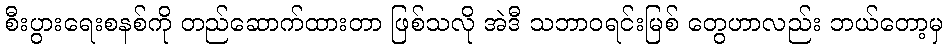
စီးပွားရေးစနစ်ကို တည်ဆောက်ထားတာ ဖြစ်သလို အဲဒီ သဘာဝရင်းမြစ် တွေဟာလည်း ဘယ်တော့မှ